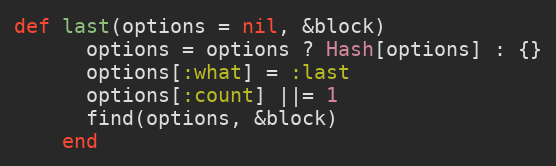
Language: Ruby
def last(options = nil, &block)
      options = options ? Hash[options] : {}
      options[:what] = :last
      options[:count] ||= 1
      find(options, &block)
    end